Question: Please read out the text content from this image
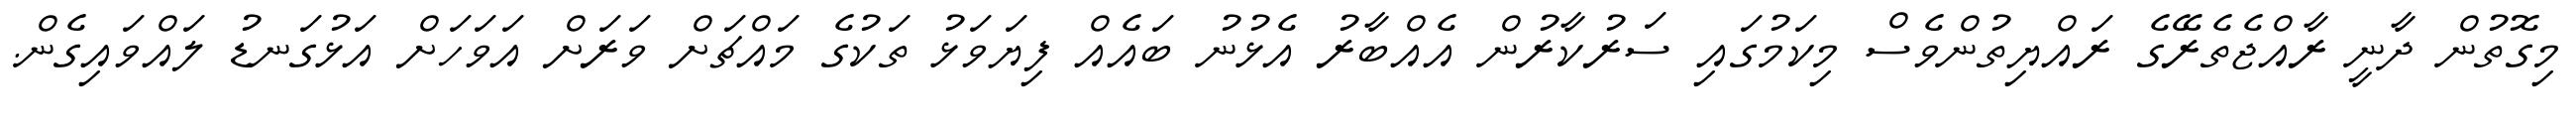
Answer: މިގޮތުން ދާނީ ރާއްޖެތެރޭގެ ރައްޔިތުންވެސް މިކަމުގައި ސަރުކާރުން އެއްބާރު އެޅުނު ބައެއް ފިޔަވަޅު ތަކުގެ މައްޗަށް ވަރަށް އަވަހަށް އަޅުގަނޑު ލައްވައިގެން.